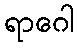
ရာဂေါ